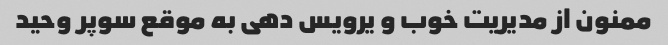
ممنون از مدیریت خوب و یرویس دهی به موقع سوپر وحید